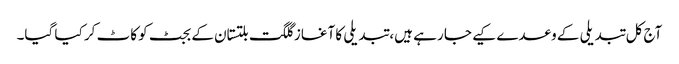
آج کل تبدیلی کے وعدے کیے جا رہے ہیں، تبدیلی کا آغاز گلگت بلتستان کے بجٹ کو کاٹ کر کیا گیا۔